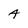
Character: A